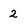
Character: 2